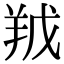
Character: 𮊥